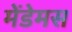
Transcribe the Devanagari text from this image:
मेंडेमस